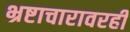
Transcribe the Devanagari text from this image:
भ्रष्टाचारावरही